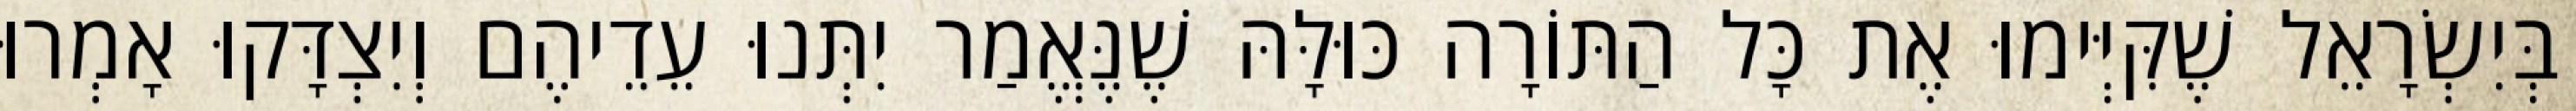
בְּיִשְׂרָאֵל שֶׁקִּיְּימוּ אֶת כָּל הַתּוֹרָה כּוּלָּהּ שֶׁנֶּאֱמַר יִתְּנוּ עֵדֵיהֶם וְיִצְדָּקוּ אָמְרוּ